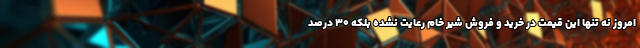
امروز نه تنها این قیمت در خرید و فروش شیر خام رعایت نشده بلکه ۳۰ درصد